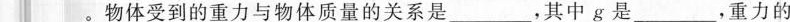
___。物体受到的重力与物体质量的关系是___，其中g是___，重力的